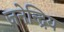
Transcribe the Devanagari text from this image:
जनेन्द्रिय